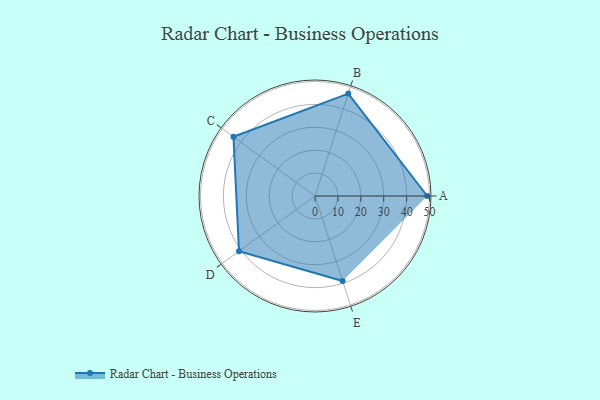
{"axis": {"x": "Skill", "y": "Score"}, "legend": ["Profile"], "data": [{"x": "A", "y": 49.0, "type": "Profile"}, {"x": "B", "y": 47.0, "type": "Profile"}, {"x": "C", "y": 44.0, "type": "Profile"}, {"x": "D", "y": 41.0, "type": "Profile"}, {"x": "E", "y": 39.0, "type": "Profile"}]}